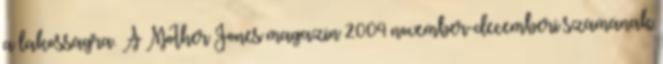
a lakosságra. A Mother Jones magazin 2004 november-decemberi számának